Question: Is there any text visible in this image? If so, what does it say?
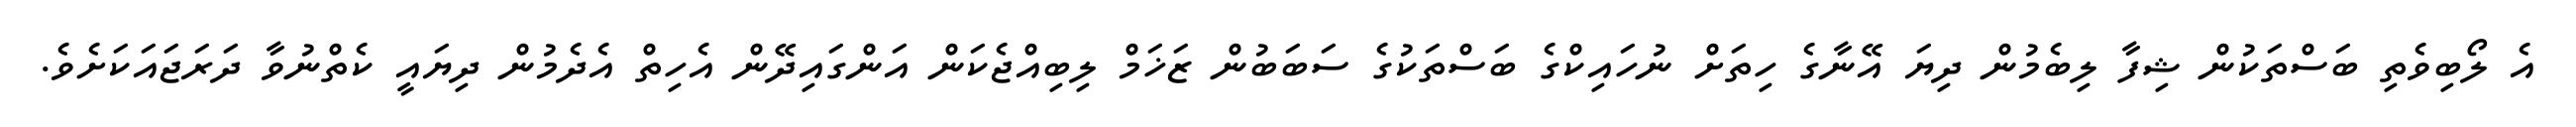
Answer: އެ ލޯބިވެތި ބަސްތަކުން ޝިފާ ލިބެމުން ދިޔަ އޭނާގެ ހިތަށް ނުހައިކްގެ ބަސްތަކުގެ ސަބަބުން ޒަޚަމް ލިބިއްޖެކަން އަންގައިދޭން އެހިތް އެދެމުން ދިޔައީ ކެތްނުވާ ދަރަޖައަކަށެވެ.